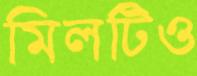
মিলটিও